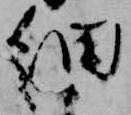
細